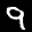
Label: 9